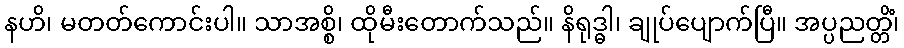
နဟိ၊ မတတ်ကောင်းပါ။ သာအစ္စိ၊ ထိုမီးတောက်သည်။ နိရုဒ္ဓါ၊ ချုပ်ပျောက်ပြီ။ အပ္ပညတ္တိံ၊